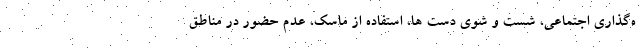
ه‌گذاری اجتماعی، شست و شوی دست ها، استفاده از ماسک، عدم حضور در مناطق